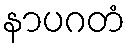
နာပဂတံ